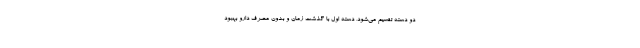
دو دسته تقسیم می‌شود، دسته اول با گذشت زمان و بدون مصرف دارو بهبود